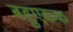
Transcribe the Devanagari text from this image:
बहुएकक